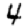
Digit: 4